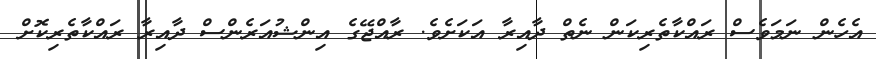
އެހެން ނަމަވެސް ރައްކާތެރިކަން ނެތް ދާއިރާ އަކަށެވެ. ރާއްޖޭގެ އިންޝުއަރެންސް ދާއިރާ ރައްކާތެރިކޮށް